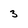
Character: 3